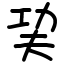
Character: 巭